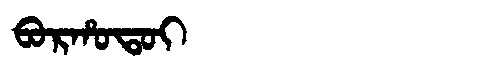
Manchu: ᠪᠣᡵᡥᠣᡨᠣᡳ
Romanization: BORHOTOI